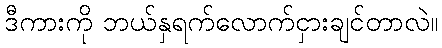
ဒီကားကို ဘယ်နှရက်လောက်ငှားချင်တာလဲ။